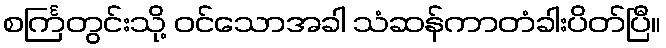
စင်္ကြတွင်းသို့ ဝင်သောအခါ သံဆန်ကာတံခါးပိတ်ပြီ။